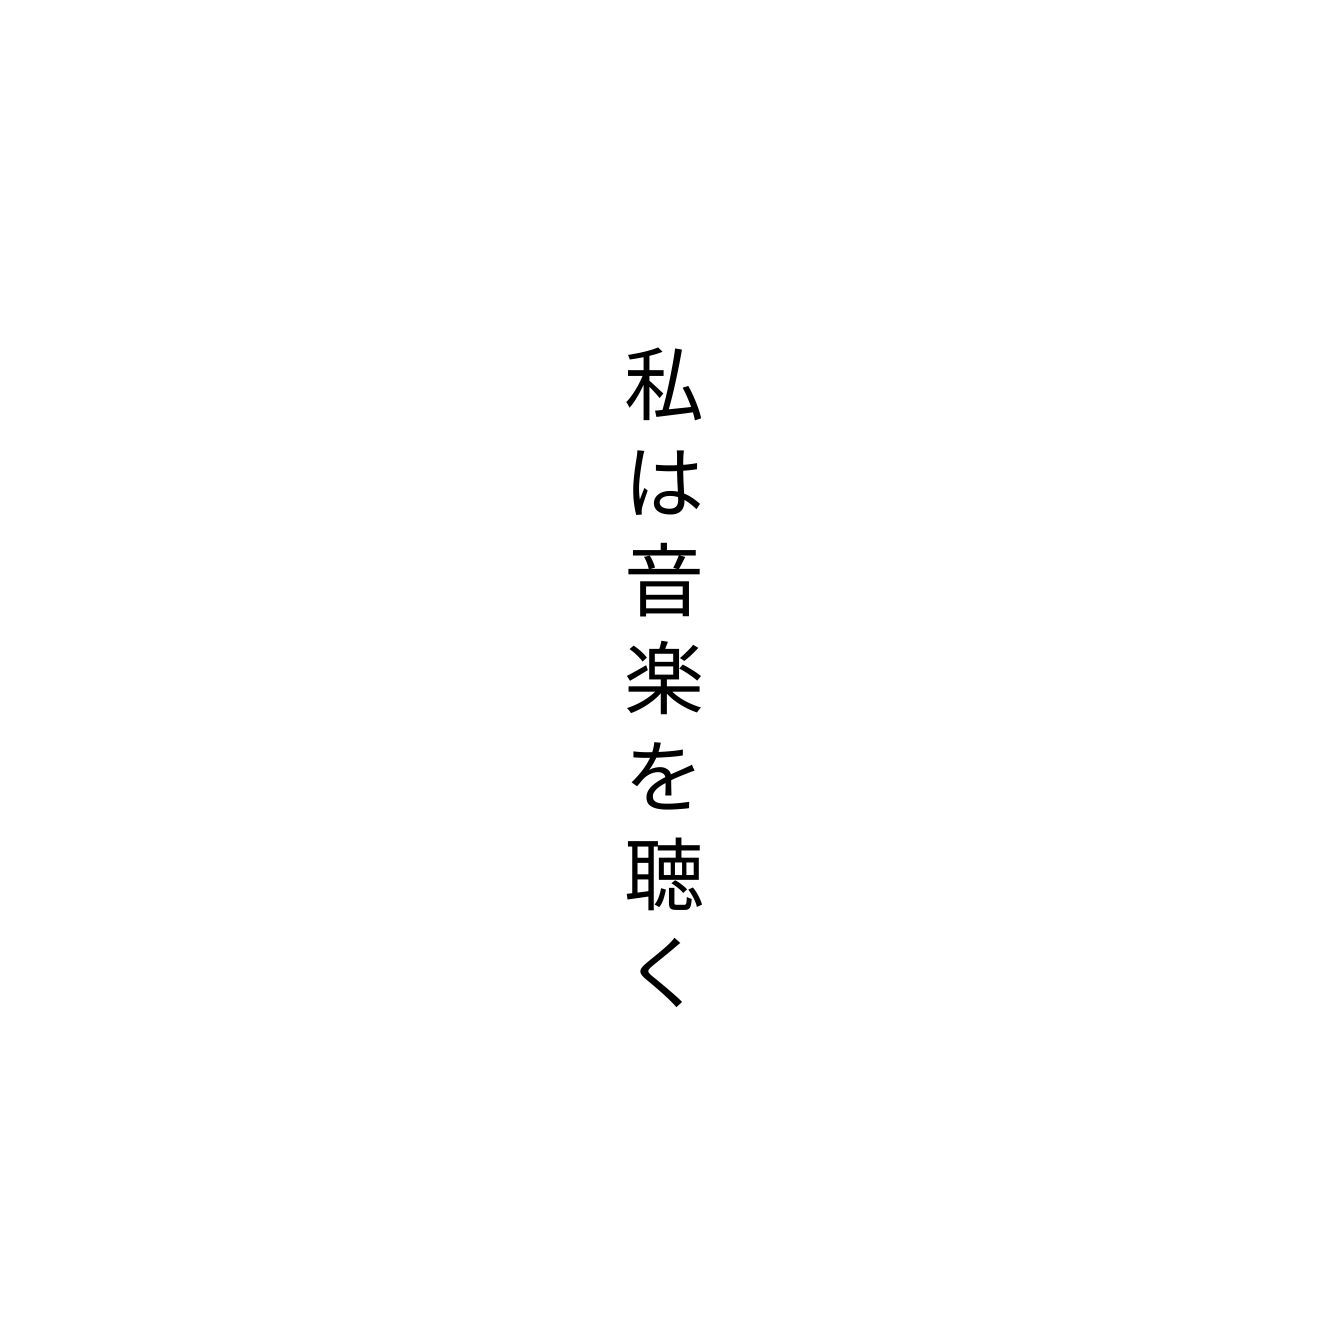
私は音楽を聴く